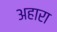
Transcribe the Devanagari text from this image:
अहारा